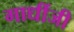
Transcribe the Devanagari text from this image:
गाधींजी